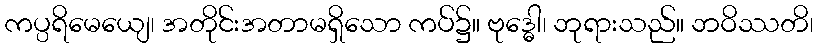
ကပ္ပရိမေယျေ၊ အတိုင်းအတာမရှိသော ကပ်၌။ ဗုဒ္ဓေါ၊ ဘုရားသည်။ ဘဝိဿတိ၊